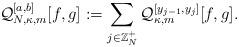
LaTeX: \begin{align*}\mathcal{Q}^{[a,b]}_{N,\kappa,m}[f,g]:=\sum_{j\in\mathbb{Z}_N^+}\mathcal{Q}_{\kappa,m}^{[y_{j-1},y_j]}[f,g].\end{align*}